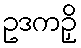
ဥဒကဉှိ